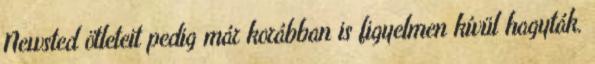
Newsted ötleteit pedig már korábban is figyelmen kívül hagyták.